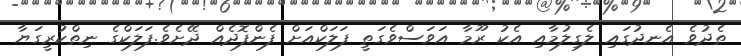
ތެދުވެ އެނދުގައި ލެގިލުމާއި އެކު ރޫމާ އަވަސްވެގަތީ ފަލަކްއަށް ފެންފޮދެއް ދޭށެވެ.ފަލަކްގެ ނިތްކުރީގަޔާ